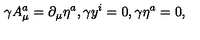
\gamma A _ { \mu } ^ { a } = \partial _ { \mu } \eta ^ { a } , \gamma y ^ { i } = 0 , \gamma \eta ^ { a } = 0 ,